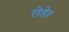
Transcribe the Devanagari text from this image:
रोडेर